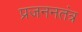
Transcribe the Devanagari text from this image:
प्रजननतंत्र